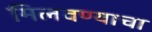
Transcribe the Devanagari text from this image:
मिलवण्याचा